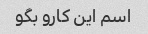
اسم این کارو بگو